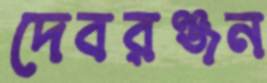
দেবরঞ্জন